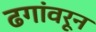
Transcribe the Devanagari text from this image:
ढगांवरून